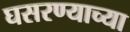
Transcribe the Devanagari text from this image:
घसरण्याच्या